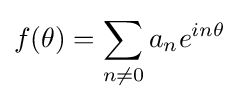
f(\theta )=\sum _{n\neq 0}a_{n}e^{in\theta }